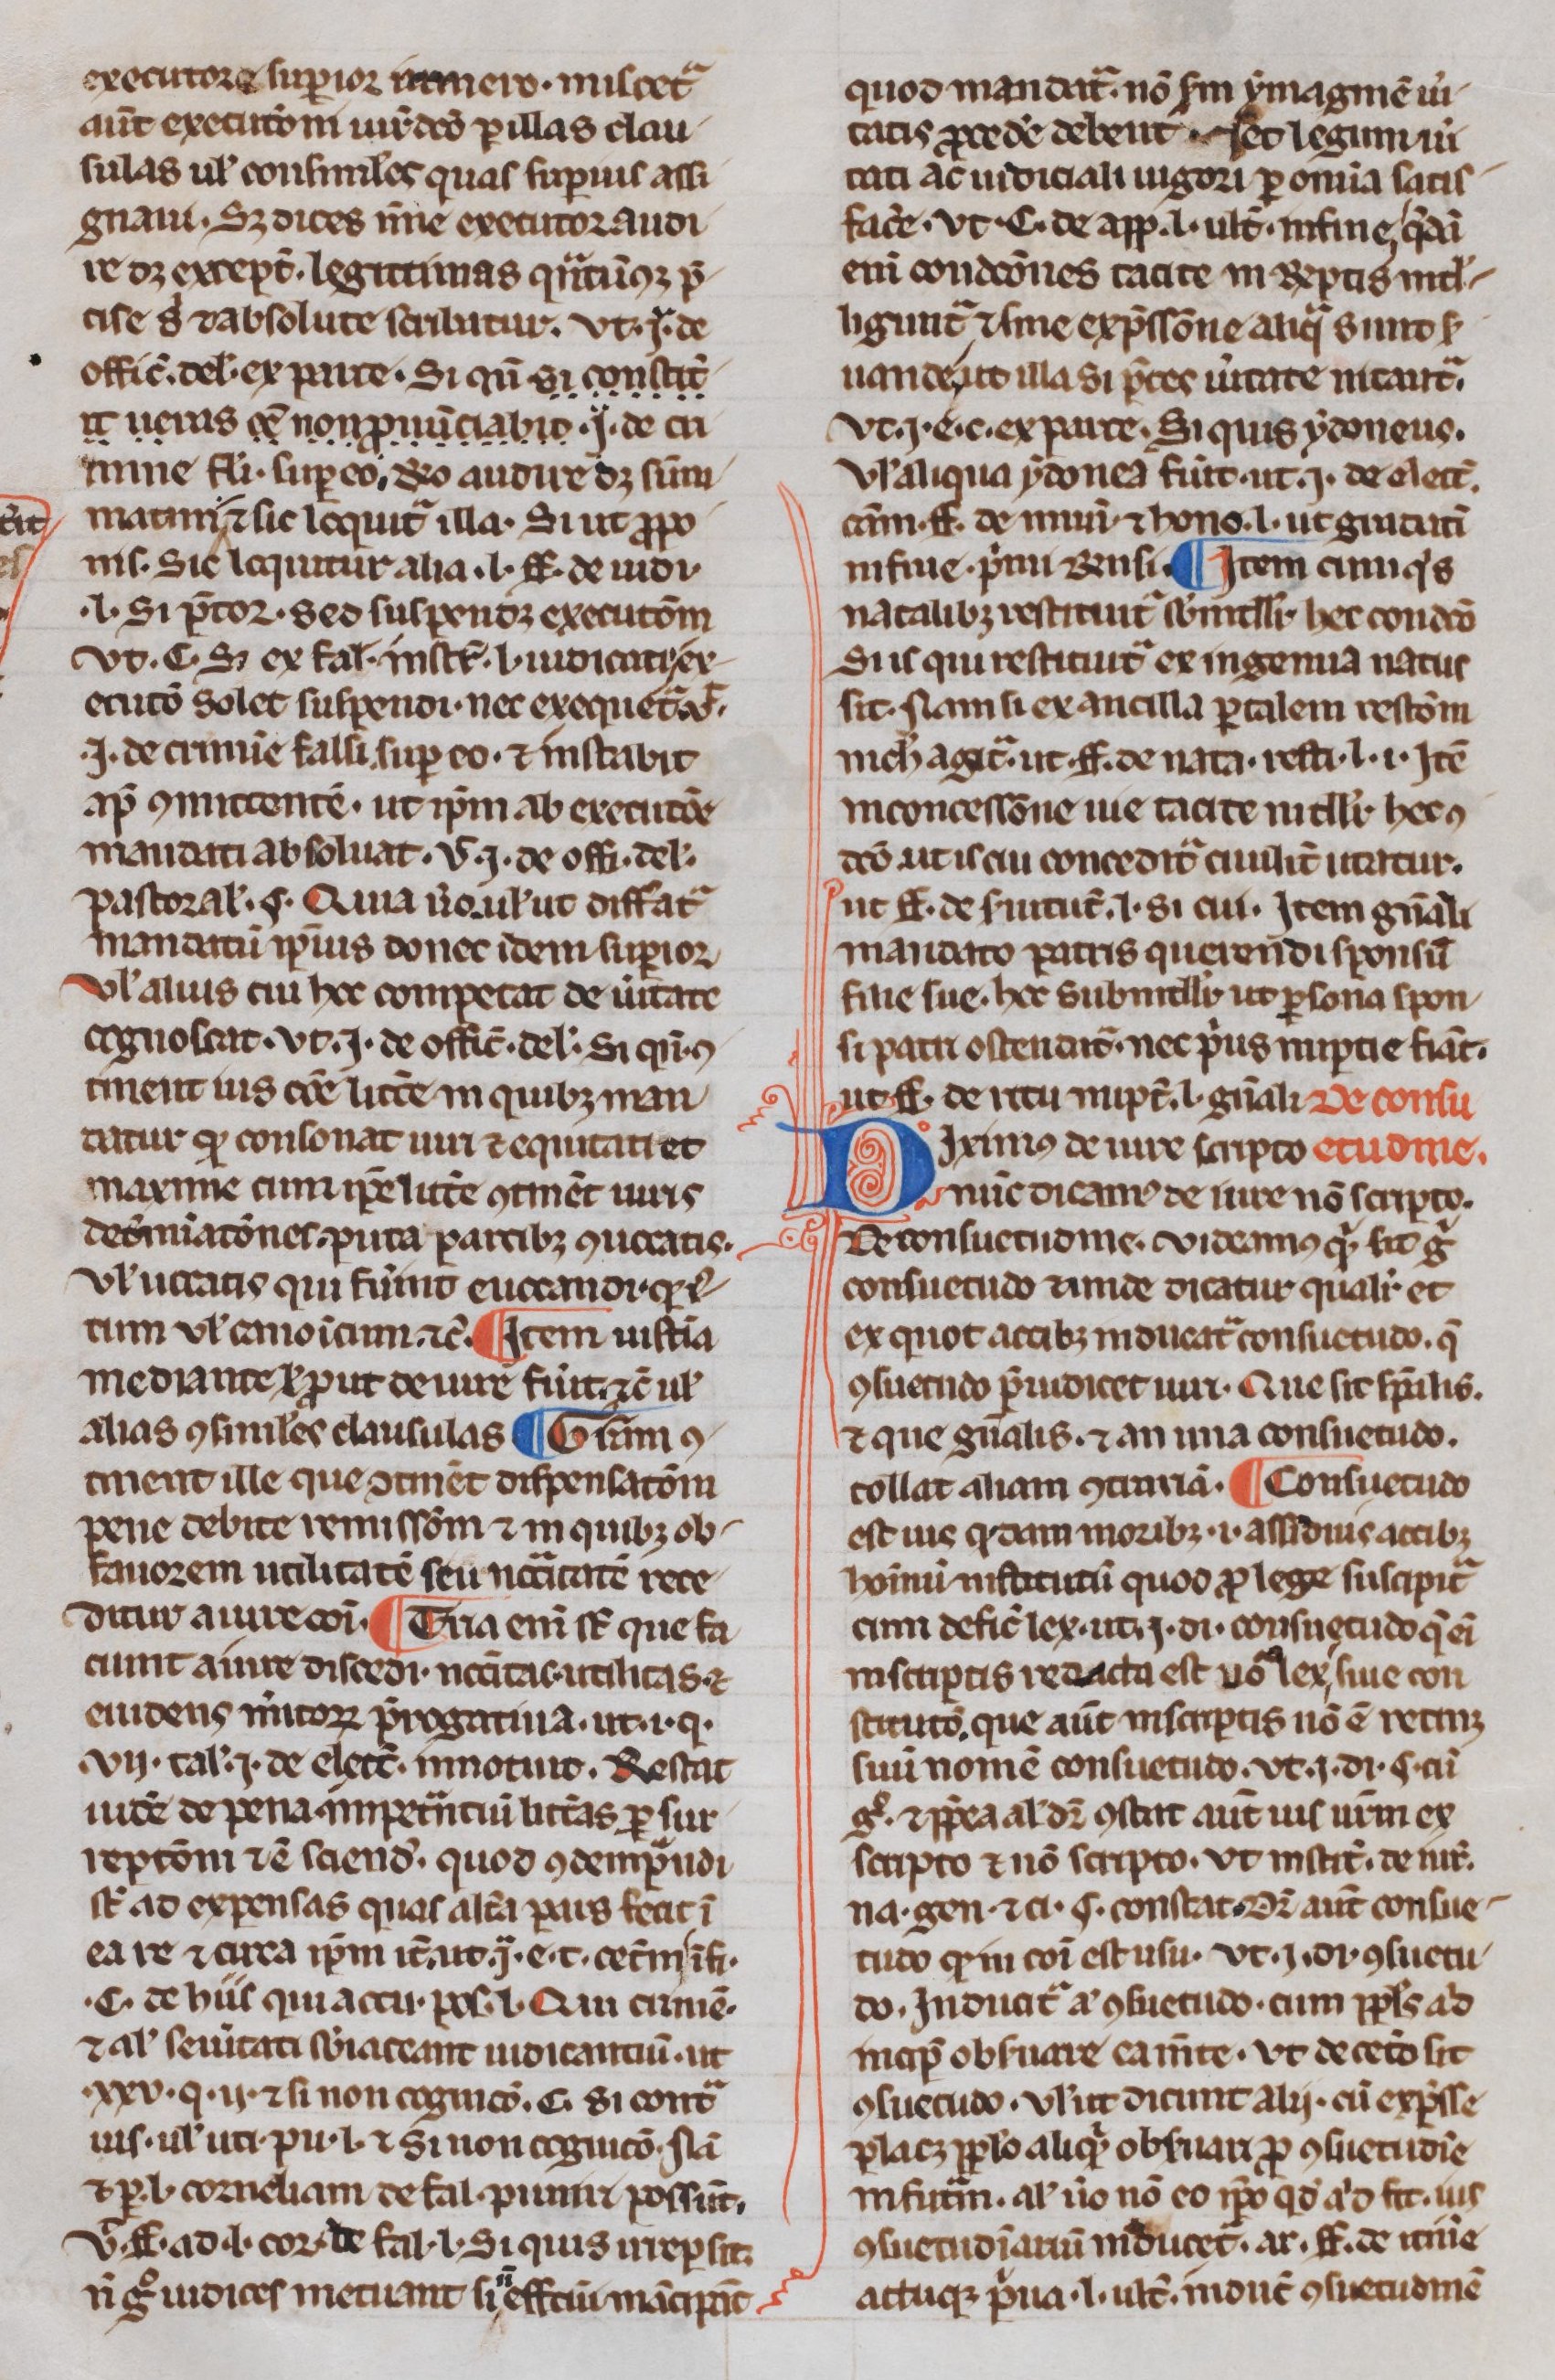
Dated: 1300–1330